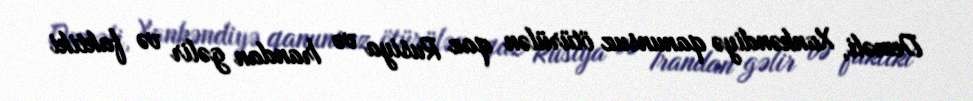
Deməli, Xankəndiyə qanunsuz ötürülən qaz Rusiya və İrandan gəlir və faktiki